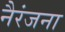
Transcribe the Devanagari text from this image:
नैरंजना